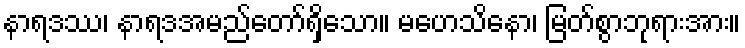
နာရဒဿ၊ နာရဒအမည်တော်ရှိသော။ မဟေသိနော၊ မြတ်စွာဘုရားအား။